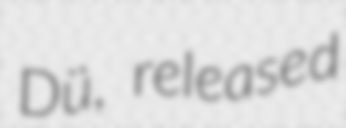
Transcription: Dü, released